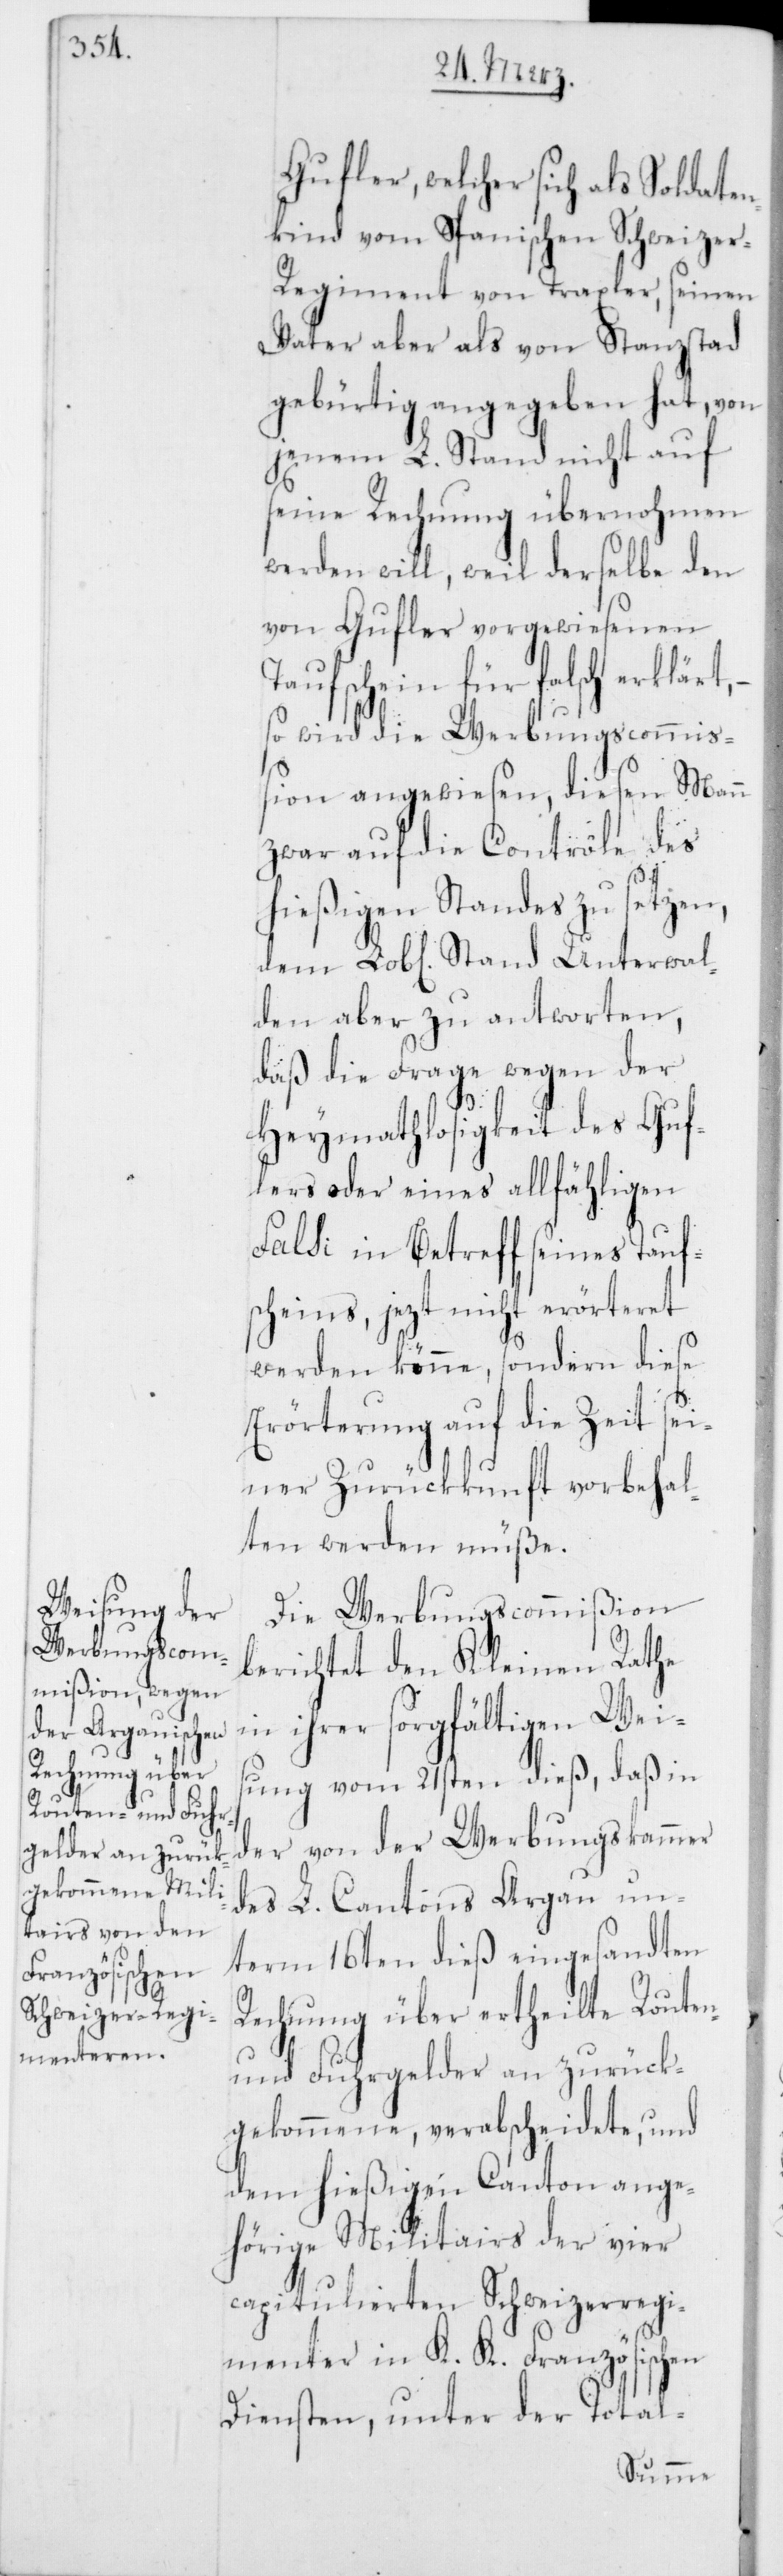
Unterwal¬

Gufler, welcher sich als Soldaten¬
kind vom Spanischen Schweize¬
r-Regiment von Traxler, seinen
Vater aber als von Stanzstad
gebürtig angegeben hat, von
jenem L. Stand nicht auf
seine Rechnung übernohmen
werden will, weil derselbe den
von Gufler vorgewiesenen
Taufschein für falsch erklärt,
so wird die Werbungscommi¬
ßion angewiesen, diesen Mann
zwar auf die Contrôle des
hießigen Standes zu setzen,
den aber zu antworten,
daß die Frage wegen der
Heymathlosigkeit des Guf¬
lers oder eines allfähligen
Falsi in Betreff seines Tauf¬
scheins, jezt nicht erörteret
werden könne, sondern diese
Erörterung auf die Zeit sei¬
ner Zurükkunft vorbehal¬
ten werden müße.
Die Werbungscommißion
in ihrer sorgfältigen Wei¬
sung vom 21sten dieß, daß in
der von der Werbungskammer
des L. Cantons Argau un¬
term 16ten dieß eingesandten
Rechnung über ertheilte Routen-
und Fuhrgelder an zurück¬
gekommene, verabscheidete, und
dem hießigen Canton ange¬
hörige Militairs der vier
capitulierten Schweizerregi¬
menter in K. K. Französischen
Diensten, unter der Total-